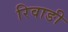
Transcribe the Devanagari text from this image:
रिवाङी